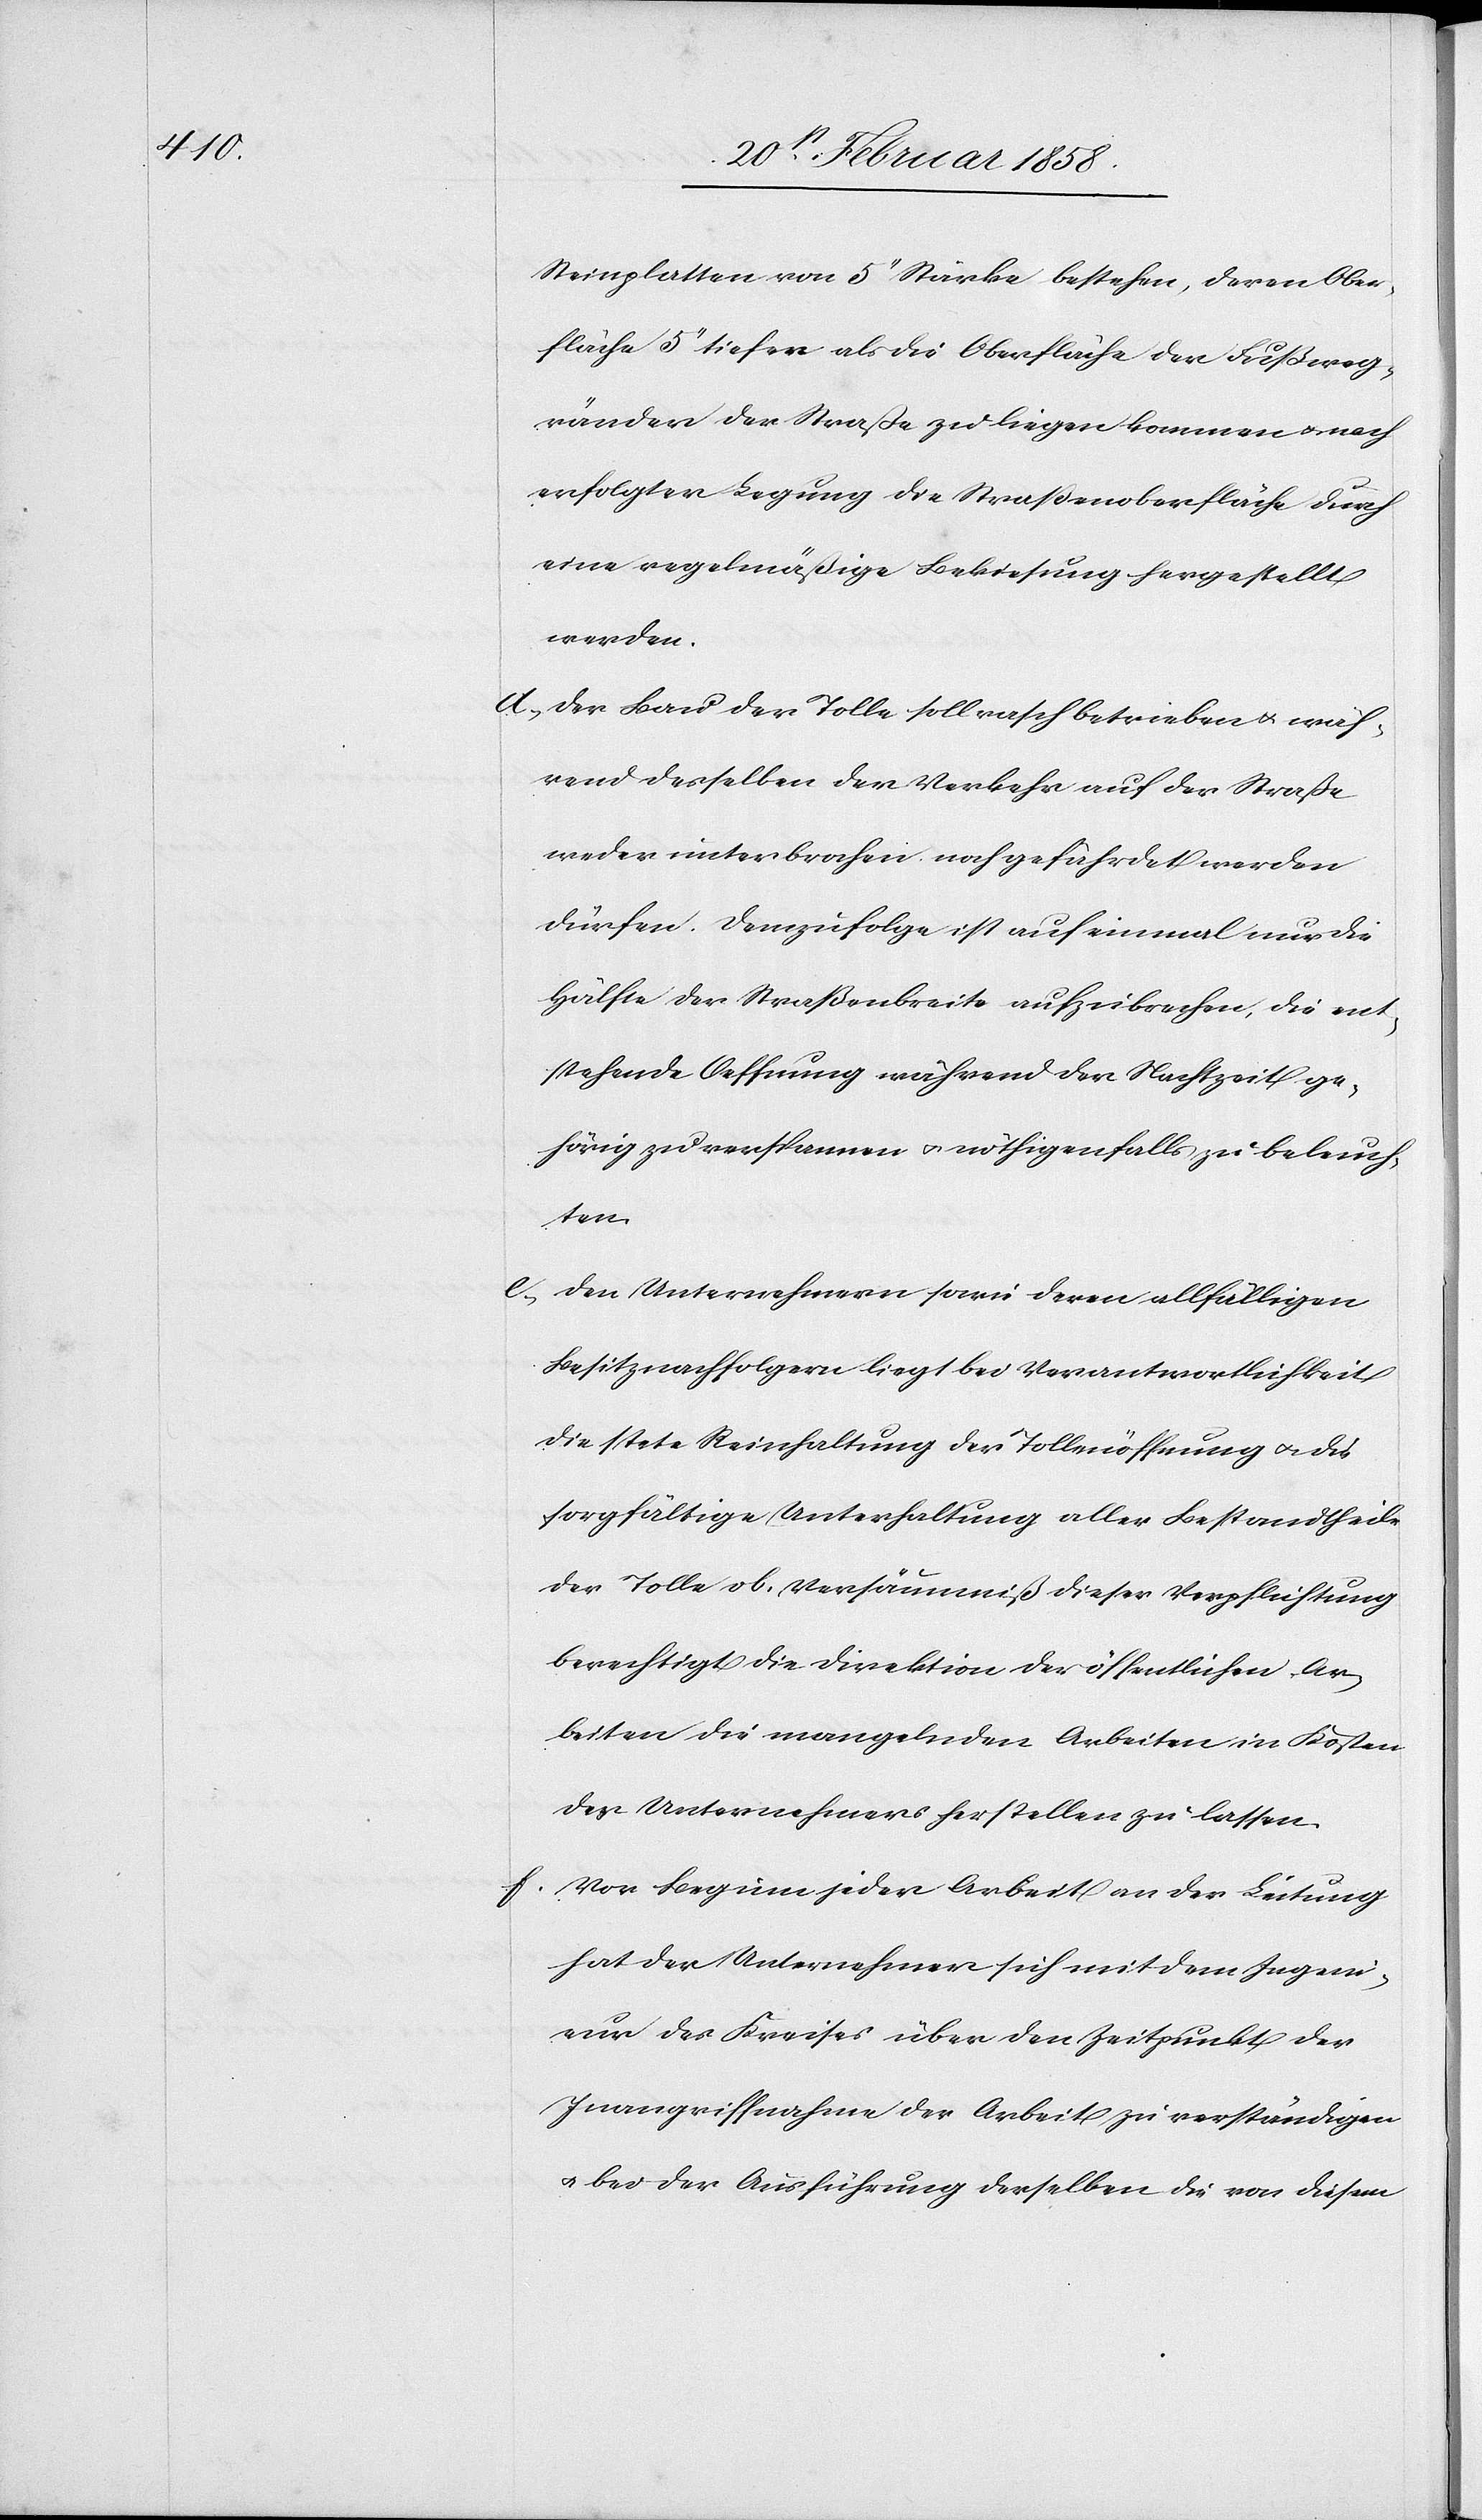
Steinplatten von 5’’ Stärke bestehen, deren Ober¬
fläche 5’’ tiefer als die Oberfläche der Fußweg¬
ränder der Straße zu liegen kommen u. nach
erfolgter Legung die Straßenoberfläche durch
eine regelmäßige Bekiesung hergestellt
werden.
d. Der Bau der Tolle soll rasch betrieben u. wäh¬
rend desselben der Verkehr auf der Straße
weder unterbrochen noch gefährdet werden
dürfen. Demzufolge ist auf einmal nur die
Hälfte der Straßenbreite aufzubrechen, die ent¬
stehende Oeffnung während der Nachtzeit ge¬
hörig zu verspannen u. nöthigenfalls zu beleuch¬
ten.
e. Den Unternehmern sowie deren allfälligen
Besitznachfolgern liegt bei Verantwortlichkeit
die stete Reinhaltung der Tollenöffnung u. die
sorgfältige Unterhaltung aller Bestandtheile
der Tolle ob. Versäumniß dieser Verpflichtung
berechtigt die Direktion der öffentlichen Ar¬
beiten die mangelnden Arbeiten in Kosten
des Unternehmers herstellen zu lassen.
f. Vor Beginn jeder Arbeit an der Leitung
hat de Unternehmer sich mit dem Ingeni¬
eur des Kreises über den Zeitpunkt der
Inangriffnahme der Arbeit zu verständigen
u. bei der Ausführung derselben die von diesem